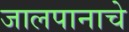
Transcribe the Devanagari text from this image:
जालपानाचे